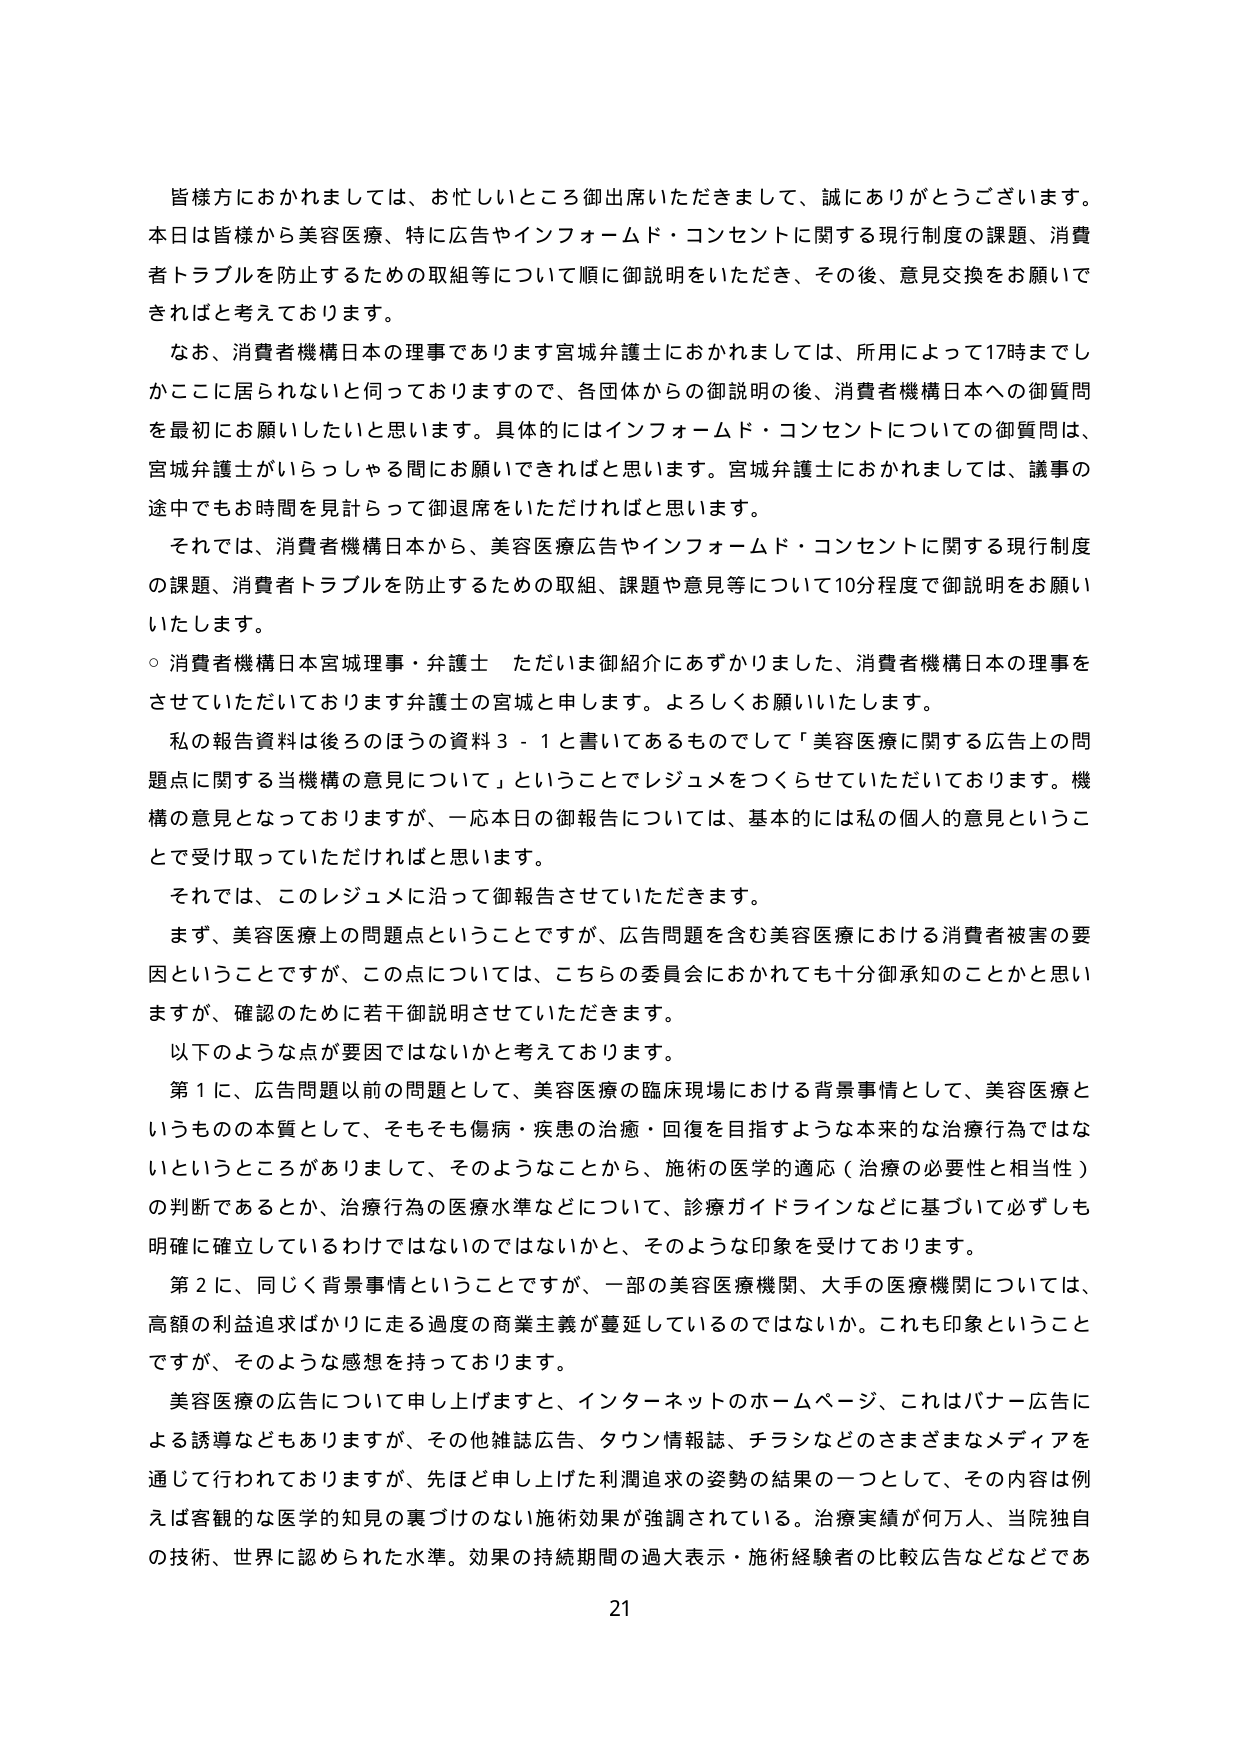
皆様方におかれましては、お忙しいところ御出席いただきまして、誠にありがとうございます。
本日は皆様から美容医療、特に広告やインフォームド・コンセントに関する現行制度の課題、消費者トラブルを防止するための取組等について順に御説明をいただき、その後、意見交換をお願いできればと考えております。

なお、消費者機構日本の理事であります宮城弁護士におかれましては、所用によって17時までしかここに居られないと思っておりますので、各団体からの御説明の後、消費者機構日本への御質問を最初にお願いしたいと思います。具体的にはインフォームド・コンセントについての御質問は、宮城弁護士がいらっしゃる間にお願いできればと思います。宮城弁護士におかれましては、議事の途中でもお時間を見計らって御退席をいただければと思います。

それでは、消費者機構日本から、美容医療広告やインフォームド・コンセントに関する現行制度の課題、消費者トラブルを防止するための取組、課題や意見等について10分程度で御説明をお願いいたします。

○ 消費者機構日本宮城理事・弁護士 ただいま御紹介にあずかりました、消費者機構日本の理事をさせていただいております弁護士の宮城と申します。よろしくお願いいたします。

私の報告資料は後ろのほうの資料3－1と書いてあるものでして「美容医療に関する広告上の問題点に関する当機構の意見について」ということでレジュメをつくらせていただいております。機構の意見となっておりますが、一応本日の御報告については、基本的には私の個人的意見ということで受け取っていただければと思います。

それでは、このレジュメに沿って御報告させていただきます。

まず、美容医療上の問題点ということですが、広告問題を含む美容医療における消費者被害の要因ということですが、この点については、こちらの委員会におかれても十分御承知のことかと思いますが、確認のために若干御説明させていただきます。

以下のような点が要因ではないかと考えております。

第1に、広告問題以前の問題として、美容医療の臨床現場における背景事情として、美容医療というものの本質として、そもそも傷病・疾患の治癒・回復を目指すような本来的な治療行為ではないというところがありまして、そのようなことから、施術の医学的適応（治療の必要性と相当性）の判断であるとか、治療行為の医療水準などについて、診療ガイドラインなどに基づいて必ずしも明確に確立しているわけではないのではないかと、そのような印象を受けております。

第2に、同じく背景事情ということですが、一部の美容医療機関、大手の医療機関については、高額の利益追求ばかりに走る過度の商業主義が蔓延しているのではないか。これも印象ということですが、そのような感想を持っております。

美容医療の広告について申し上げますと、インターネットのホームページ、これはバナー広告による誘導などもありますが、その他雑誌広告、タウン情報誌、チラシなどのさまざまなメディアを通じて行われておりますが、先ほど申し上げた利潤追求の姿勢の結果の一つとして、その内容は例えば客観的な医学的知見の裏づけのない施術効果が強調されている。治療実績が何万人、当院独自の技術、世界に認められた水準。効果の持続期間の過大表示・施術経験者の比較広告などであ

21